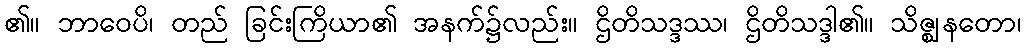
၏။ ဘာဝေပိ၊ တည် ခြင်းကြိယာ၏ အနက်၌လည်း။ ဌိတိသဒ္ဒဿ၊ ဌိတိသဒ္ဒါ၏။ သိဇ္ဈနတော၊